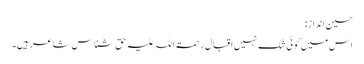
حسین انداز:
اس میں کوئی شک نہیں اقبال رحمۃ اللہ علیہ حق شناس شاعر ہیں۔